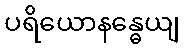
ပရိယောနန္ဓေယျ